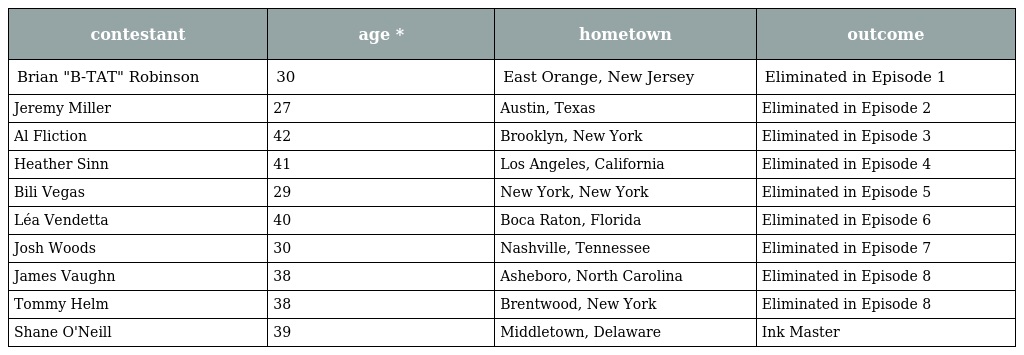
| contestant | age * | hometown | outcome |
 | --- | --- | --- | --- |
 | Brian "B-TAT" Robinson | 30 | East Orange, New Jersey | Eliminated in Episode 1 |
 | Jeremy Miller | 27 | Austin, Texas | Eliminated in Episode 2 |
 | Al Fliction | 42 | Brooklyn, New York | Eliminated in Episode 3 |
 | Heather Sinn | 41 | Los Angeles, California | Eliminated in Episode 4 |
 | Bili Vegas | 29 | New York, New York | Eliminated in Episode 5 |
 | Léa Vendetta | 40 | Boca Raton, Florida | Eliminated in Episode 6 |
 | Josh Woods | 30 | Nashville, Tennessee | Eliminated in Episode 7 |
 | James Vaughn | 38 | Asheboro, North Carolina | Eliminated in Episode 8 |
 | Tommy Helm | 38 | Brentwood, New York | Eliminated in Episode 8 |
 | Shane O'Neill | 39 | Middletown, Delaware | Ink Master |